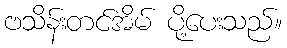
ဗသိန်းတင်အိမ် ပို့ပေးသည်။